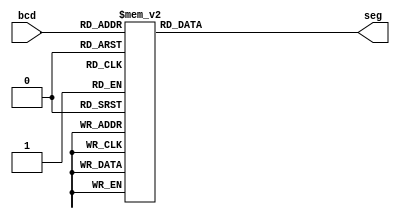
module bcd7seg	(
  input      [3:0] bcd,
  output reg [6:0] seg
);

always @(*) begin
  case(bcd)
    4'h0   : seg = 7'b1000000;
    4'h1   : seg = 7'b1111001;
    4'h2   : seg = 7'b0100100;
    4'h3   : seg = 7'b0110000;
    4'h4   : seg = 7'b0011001;
    4'h5   : seg = 7'b0010010;
    4'h6   : seg = 7'b0000010;
    4'h7   : seg = 7'b1111000;
    4'h8   : seg = 7'b0000000;
    4'h9   : seg = 7'b0011000;
    default: seg = 7'bXXXXXXX;
  endcase
end

endmodule